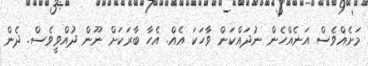
މަށެއްވެސް އަނެއްހެން ނުދައްކަން ވާހަކަ އެއް. އެހާ ބާރަކަށް ނޫން ދުއްވީވެސް. ދެން